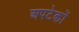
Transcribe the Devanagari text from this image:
अपटेकों